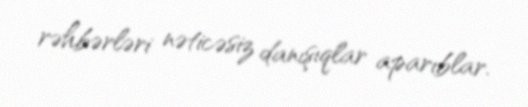
rəhbərləri nəticəsiz danışıqlar aparıblar.